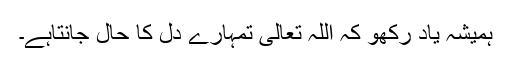
ہمیشہ یاد رکھو کہ اللہ تعالیٰ تمہارے دل کا حال جانتاہے۔